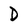
Character: D